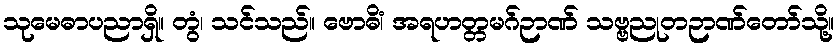
သုမေဓာပညာရှိ။ တွံ၊ သင်သည်။ ဗောဓိံ၊ အရဟတ္တမဂ်ဉာဏ် သဗ္ဗညုတဉာဏ်တော်သို့။